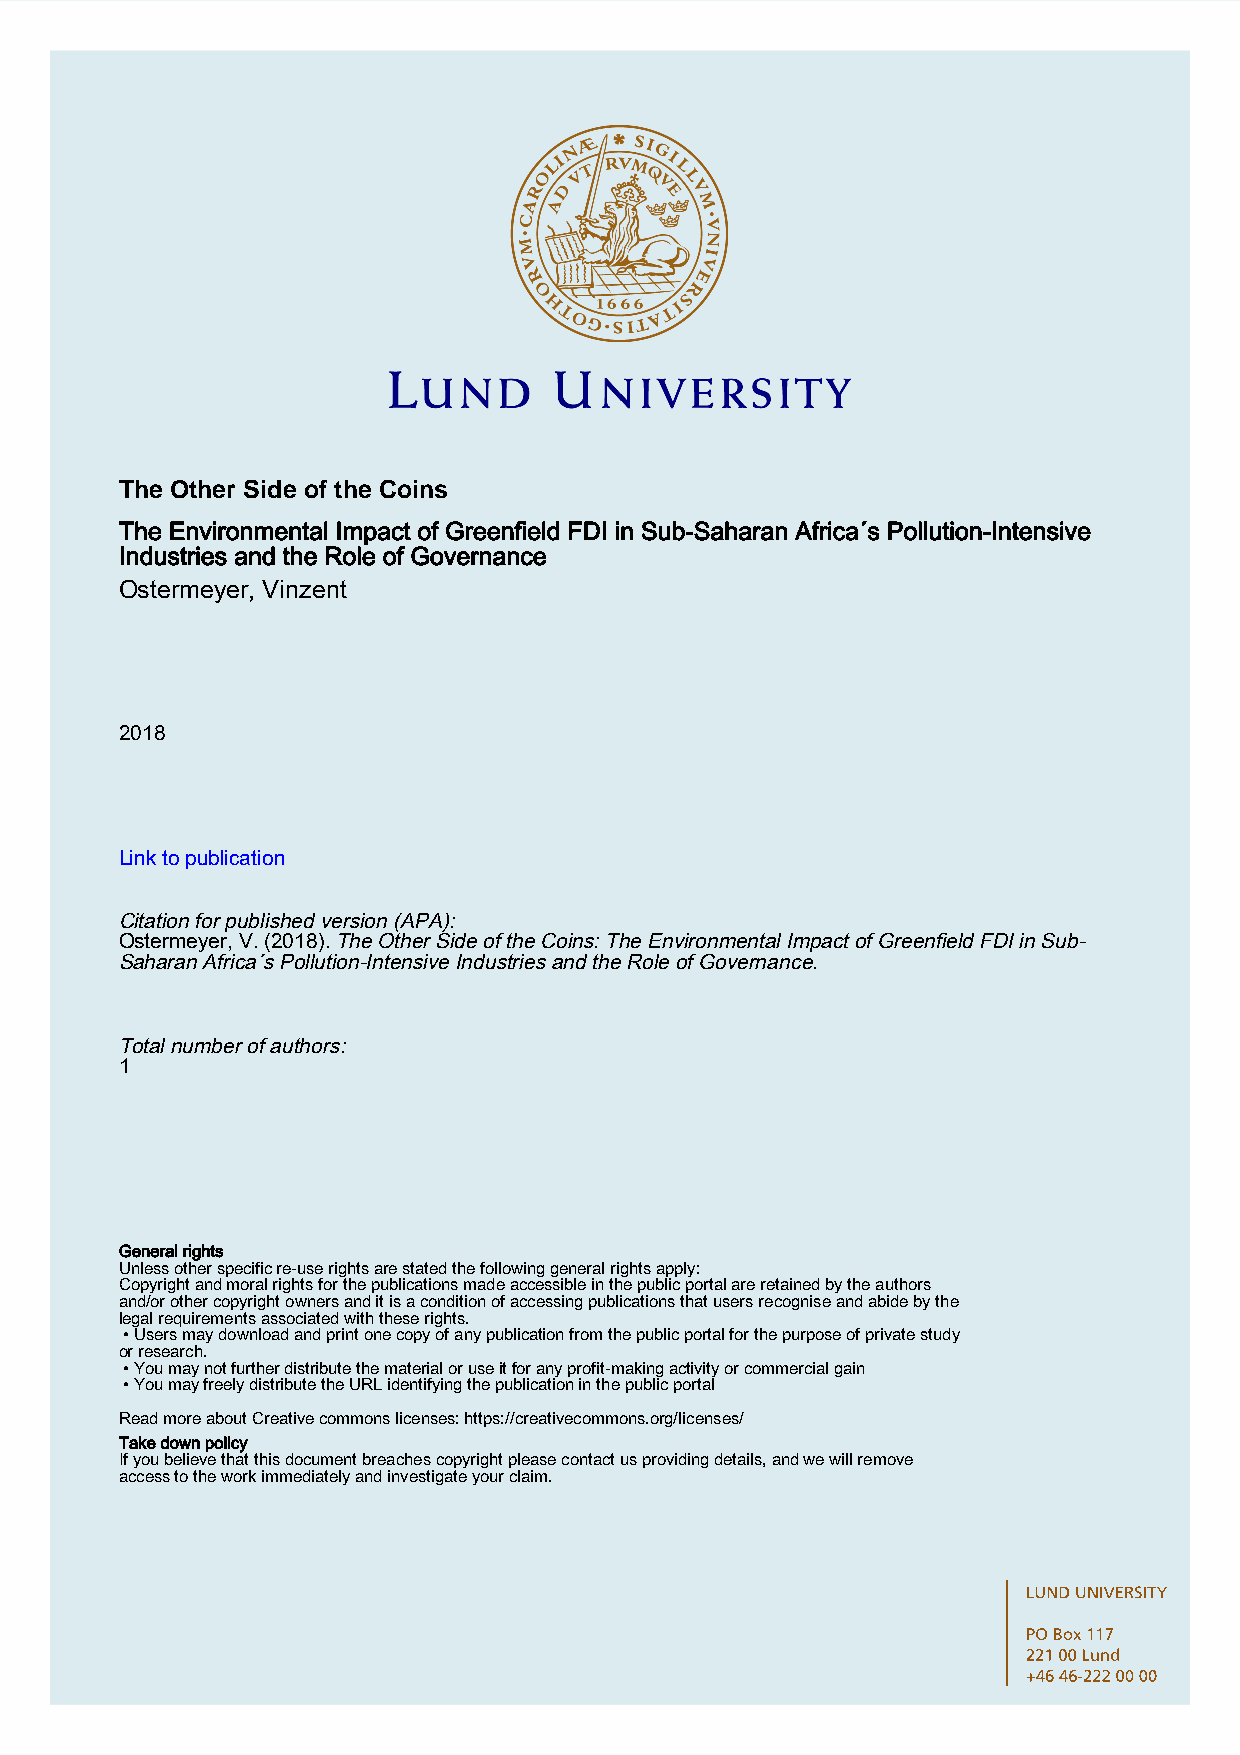
The Other Side of the Coins
 The Environmental Impact of Greenfield FDI in Sub-Saharan Africa´s Pollution-Intensive
 Industries and the Role of Governance
 Ostermeyer, Vinzent
 2018
 Link to publication
 Citation for published version (APA):
 Ostermeyer, V. (2018). The Other Side of the Coins: The Environmental Impact of Greenfield FDI in Sub-
 Saharan Africa´s Pollution-Intensive Industries and the Role of Governance.
 Total number of authors:
 1
 General rights
 Unless other specific re-use rights are stated the following general rights apply:
 Copyright and moral rights for the publications made accessible in the public portal are retained by the authors
 and/or other copyright owners and it is a condition of accessing publications that users recognise and abide by the
 legal requirements associated with these rights.
 • Users may download and print one copy of any publication from the public portal for the purpose of private study
 or research.
 • You may not further distribute the material or use it for any profit-making activity or commercial gain
 • You may freely distribute the URL identifying the publication in the public portal
 Read more about Creative commons licenses: https://creativecommons.org/licenses/
 Take down policy
 If you believe that this document breaches copyright please contact us providing details, and we will remove
 access to the work immediately and investigate your claim.
 LUND UNIVERSITY
 PO Box 117
 221 00 Lund
 +46 46-222 00 00